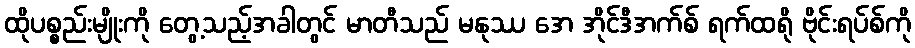
ထိုပစ္စည်းမျိုးကို တွေ့သည့်အခါတွင် မာတီသည် မနုဿ အေ အိုင်ဒီအက်စ် ရက်ထရို ဗိုင်းရပ်စ်ကို